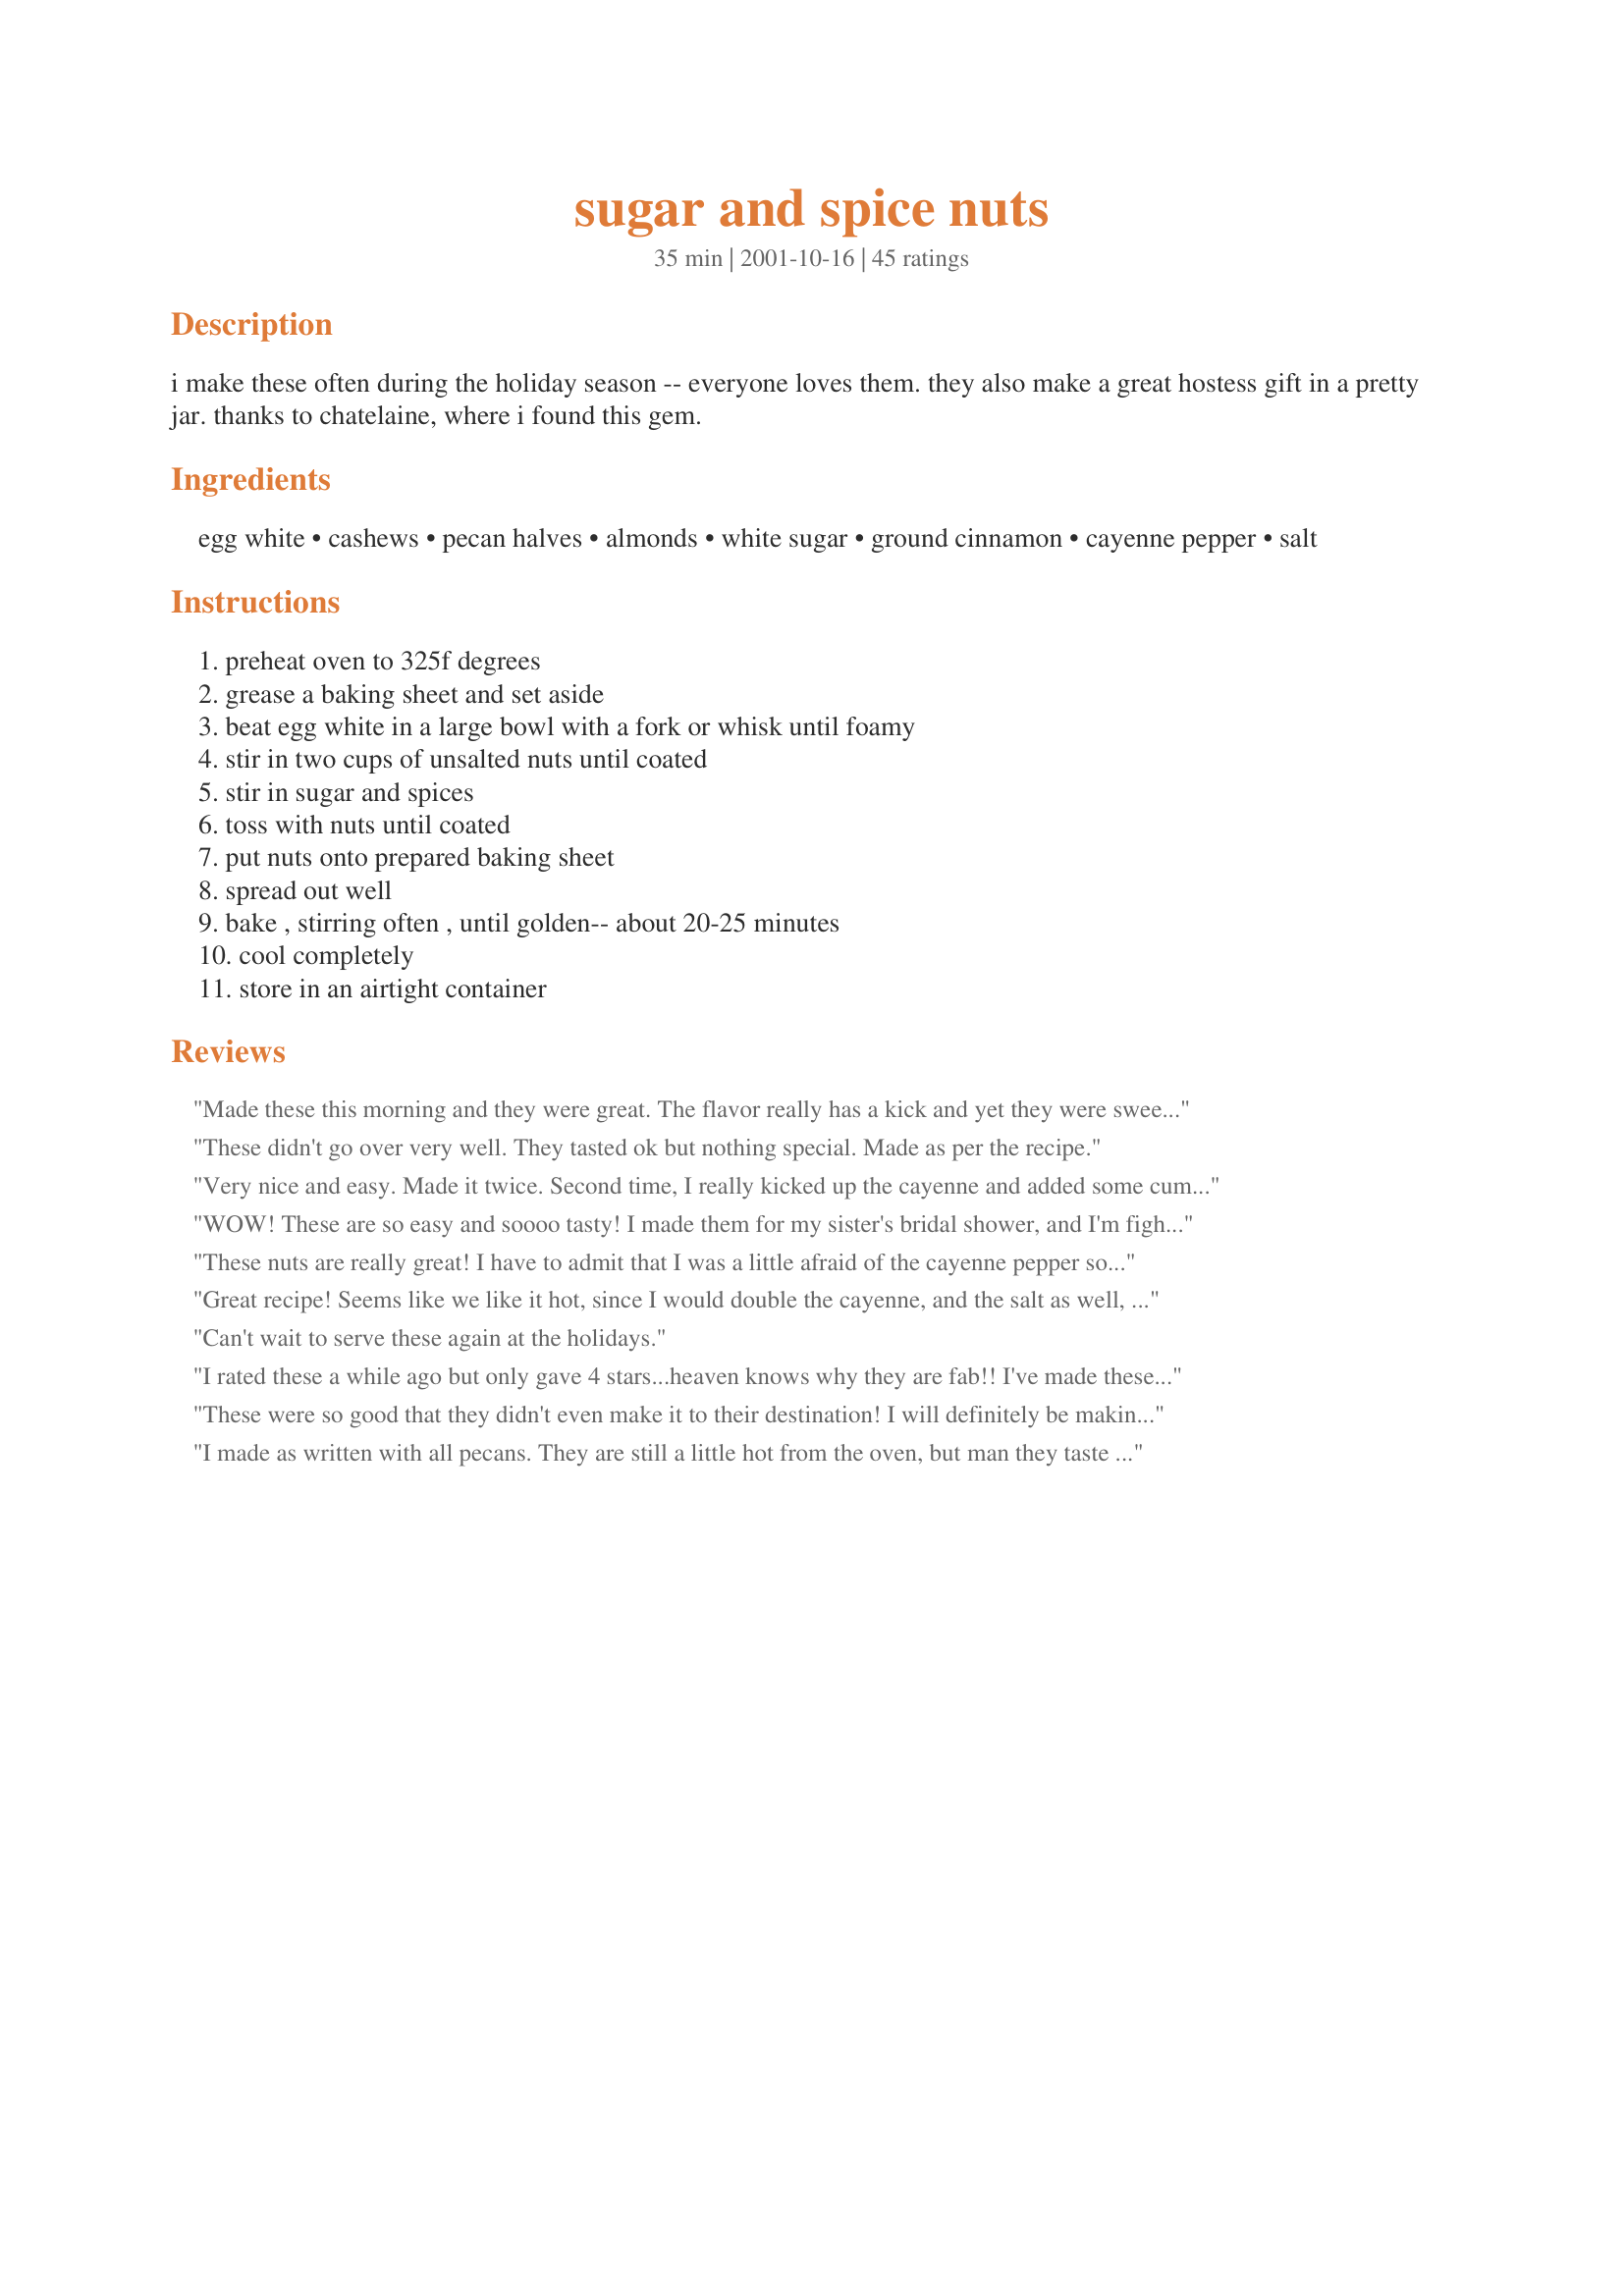
sugar and spice nuts
Preparation time: 35 minutes

i make these often during the holiday season -- everyone loves them. they also make a great hostess gift in a pretty jar. thanks to chatelaine, where i found this gem.

Ingredients:
egg white, cashews, pecan halves, almonds, white sugar, ground cinnamon, cayenne pepper, salt

Steps:
preheat oven to 325f degrees, grease a baking sheet and set aside, beat egg white in a large bowl with a fork or whisk until foamy, stir in two cups of unsalted nuts until coated, stir in sugar and spices, toss with nuts until coated, put nuts onto prepared baking sheet, spread out well, bake , stirring often , until golden-- about 20-25 minutes, cool completely, store in an airtight container

Reviews:
Made these this morning and they were great. The flavor really has a kick and yet they were sweet. Loved them.
These didn't go over very well. They tasted ok but nothing special. Made as per the recipe.
Very nice and easy. Made it twice. Second time, I really kicked up the cayenne and added some cumin. The second batch was the favorite! I gave it away as a Christmas gift.
WOW! These are so easy and soooo tasty! I made them for my sister's bridal shower, and I'm fighting the hands off--hoping there'll still be some left for the party!! The cayenne pepper is very subtle, and a little sneaky (you don't feel it until after a few nuts). I would recommend baking them on parchment paper, because I did have a little trouble getting them off the cookie sheet after cooling, but maybe I didn't grease the pan well enough. Thanks for a super recipe Lennie! I am planning to make lots of these for gifts this year.
These nuts are really great! I have to admit that I was a little afraid of the cayenne pepper so only used 1/4 tsp. They were not spicy at all though so next time I will use the full amount. I also used all pecans because that's what I had in, but I'm sure it would be even better with the combo of nuts. Thanks for a great recipe. I posted a picture too.
Great recipe! Seems like we like it hot, since I would double the cayenne, and the salt as well, next time.
Can't wait to serve these again at the holidays.
I rated these a while ago but only gave 4 stars...heaven knows why they are fab!! I've made these over and over again to rave reviews. So decided to place a new review giving it the 5 stars it deserves.Make sure you place them on parchment paper though as it makes for an easy clean up.
These were so good that they didn't even make it to their destination! I will definitely be making these again.
I made as written with all pecans. They are still a little hot from the oven, but man they taste good. Sweet at first, but then the heat kicks in by the 2nd or 3rd one. I cooked 21 minutes total- stirring at 8-16-21 minutes. I put foil on the pan and sprayed the foil, so clean up will be a breeze. I honestly believe that I could have used 3 cups of nuts and still had enough coverage from the listed ingredients.
Thanks!!
So wonderful. I have made 2 batches so far this week with requests to make more for New Years. Wonderful sweet-spice flavor and a delayed little "gottcha" with the cayenne. Thanks Lennie, from the Daniel family.
awesome recipe, easy to make. I couldnt stop eating.---Yum
These were easy and tasty! I love the cayenne kick at the end. I used brown sugar instead of white, it was great
Thought these were outstanding! Was a little nervous about the cayenne, but boy, it really makes it! Can't wait to take these to our family Christmas party. Thanks a bunch!
These are so addictive. They're very simple to make and taste wonderful! I used parchment paper and had no problems with sticking. They were a huge hit!! This recipe's a keeper, thanks so much for posting it Lennie.
Just wanted you to know that these nuts were the best. I have given this recipe to numerous people. They all loved it. I did decrease the cayenne pepper to 1/4 tsp. and added a little bit more of the nuts than was called for. LindaJim
These are terrific! Just perfect for the holidays. I followed the recipe to the t. It is a great balance of spice and sweet. Thank you.
Just a note to everyone: if you spray your baking sheet well with nonstick spray like Pam, you won't have any "sticky" problems!
I just took these out of the oven, and have sampled a couple. The "bite" does sneak up on you! I used parchment paper and cooked them for about 15 minutes at 325. They are perfect!!!
These nuts are delicious! They were a huge hit at the party I attended last night. The spice mix was perfect. Thanks!
Excellent - sweet, yet spicy. Really, Really good!
I was looking for something to make as a small Christmas gift. I found this..decided to try them...WOW!! They are not only quick and easy ..but absolutely delicious! I'll put them in a nice container and have a very nice gift! Thanks Lennie. Will be making these again...this time for me! I forgot to mention that I lined the baking sheet with parchment paper..worked wonderfully..NO CLEAN UP!
Made these last night. The smell in the kitchen was sooooooooo good! I'm not sure which I like better, the smell or the taste! They are wonderful!!!!!
Good recipe. I We really enjoyed these...they're addictive!
This made a great addition to the Christmas cookie trays this year. It was sooo easy and quick to make. I used all pecans. The nuts were so flavorful. No one noticed the "kick" to the nuts until they were on the next mouthful. ;) Everyone loved them! For the people that don't like spicy or hot foods I omitted the cayenne and the results were just as good. I ended up making 4 batches. Word of warning... I forgot to butter the pan once and had a heck of a time trying to get the nuts off of the aluminum foil. Thank you for sharing!!this recipe!
Absolutely delicious, made these today to include on our nibbles table for Christmas. 
And the smell while in the oven was divine.
These nuts are really special! They were so easy to make, but the kick from the cayenne was on the cutting edge. It is a surprise to be eating about 3 nuts and then the cayenne kicks in. Truly a wonderful treat. Thanks for sharing this recipe. 
:-)
I've never made spiced nuts before and I thought they would be a good snack to bring to a holiday party. I'm so glad I chose this recipe! I did it exactly as written, and they were really easy. I was afraid they were going to be too spicy for a crowd, but everyone enjoyed them - even the most sensitive palates! Thank you for posting!
The taste was good, but I found that the temperature or baking time was just too high for the pecans and they turned a little too dark. I switched to a similar recipe that called for a lower heat (225 for 45 min and then 275 for 15 min) and that worked much better for me.
Delicious and a hit with the hubby!!
I used unsalted mixed nuts with very good results. Looking forward to making these over the winter holidays.
These are wonderful and the smell in the kitchen was awesome. Couldn't wait for them to cool down. I will definitely be making more of these.
I tripled this recipe because I knew that it was going to be tasty from these reviews!! I will probably add just a "tad" more cayenne pepper next time. Everyone's right, you don't taste the "bite" till the next mouthfull!! I will be making these again, thanks!!
Quite tasty! I personally would prefer much more spice, but my guests loved them as written---2 batches disappeared quickly. I admit, I kept munching on them while they were cooling. You know, to get rid of the broken nuts;) I used parchment paper so clean-up was a breeze. Thanks for posting!
These were great! easy to make and quite the taste sensation... Thank you for posting it.
Made these last night for Christmas gifts and they are totally awesome. I cooked them a little longer than suggested and used the new Reynolds non stick aluminum foil and it worked pretty well. Nice crunch and flavor....will definitely make many times!!
So GOOD. But the yield is way off. I doubled the recipe. But ended up with about the amount of a single batch. Everything seemed fine when I took them out of the oven to cool, I left them cooling while I did other chores. When I returned, about half had "evaporated" (according to my husband and his buds - who were mysteriously milling about my Kitchen).<br/>My recommendation either quadruple the recipe or wait till hubby's out of the house!
These are so yummy. My family loves these. I'll be making these often.
I had these out pre T-Day dinner. They were well liked and so easy to make. I will make these again.
Holy addiction, Batman !! We can't put these down ! They're fantastic. I made just a few changes: I whipped up 2 eggs whites because we really like the crunch that they add to the nuts and I also doubled the cinnamon and cayenne and substituted peanuts for almonds, which I loathe. I used regular salted nuts and they were perfect !
Yummy! I really enjoyed making (and eating) this wonderful treat. The recipe was great and needed no special tweaks on our part. I'm planning to make several batches of these as a snack to set out during our homemade rehearsal dinner - I think the guests will really enjoy them as much as we did. Thanks so much!
I had an egg white that I wanted to use.This is the perfect recipe to use it in.I used 1/2 cup each of peanuts,walnuts,pecans and almonds.I never had cayenne so I used a little bit of chili powder.The hardest thing about this recipe is not eating them as they cool down!
Very, very nice. I made these for a dinner party and they were much enjoyed with drinks. I think the cayenne could easily be upped to 3/4 tsp for a bit more heat - these were just mildly spicy. Thank you.
I made this for my sister's surprise party and they were a HUGE hit! To my chagrin, I realized I didn't have cayenne half way through the recipe- so I crunched up some red pepper flakes and paprika in the old morter and it worked like a charm! If you have the good fortune of owning a silpat, I recommend lining your cookie sheet with it for this recipe to avoid serious stickiness. Thanks Lennie, everyone was asking me where I bought these nuts (hee hee).
Wonderful. Enjoyed by children and adults. Thanks for the recipe.
